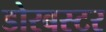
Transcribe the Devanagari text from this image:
डोरबस्टर